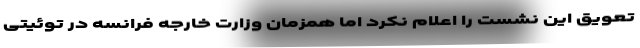
تعویق این نشست را اعلام نکرد اما همزمان وزارت خارجه فرانسه در توئیتی